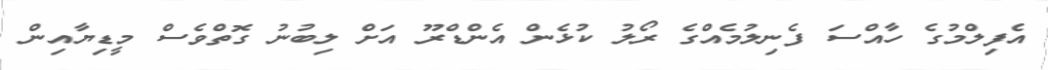
އެފިލްމުގެ ހާއްސަ ފެނިލުމެއްގެ ރޯލު ކުޅެން އެންޑްރޫ އަށް ލިބުނު ގޮތްވެސް މީޑިޔާއިން